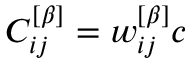
C _ { i j } ^ { \left[ \beta \right] } = w _ { i j } ^ { \left[ \beta \right] } c